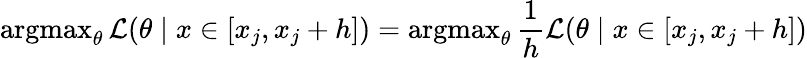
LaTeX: \operatorname{argmax}_{\theta}{\mathcal{L}}(\theta\mid x\in[x_{j},x_{j}+h])=\operatorname{argmax}_{\theta}{\frac{1}{h}}{\mathcal{L}}(\theta\mid x\in[x_{j},x_{j}+h])